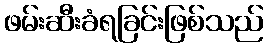
ဖမ်းဆီးခံရခြင်းဖြစ်သည်